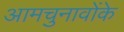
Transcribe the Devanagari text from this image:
आमचुनावोंके